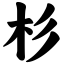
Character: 杉